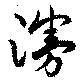
漫